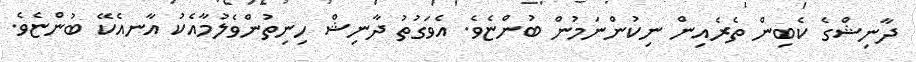
ދާނިޝްގެ ކެބިން ތެރެއިން ނިކުންނަމުން ބުންޏެވެ. އެވަގުތު ދާނިޝް ހިނިތުންވެލުމާއެކު އާނއެކޭ ބުންޏެވެ.